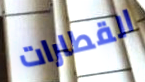
القطارات